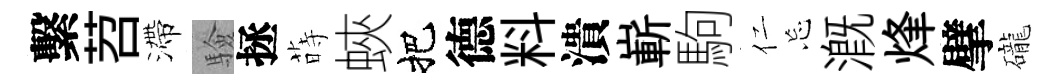
繫苕滯驗拯蒔蛺把德料潰嶄駒仁忘溉烽擘礲